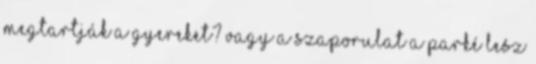
megtartják a gyereket? Vagy a szaporulat a parké lesz